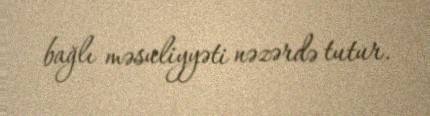
bağlı məsuliyyəti nəzərdə tutur.